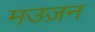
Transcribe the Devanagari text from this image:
मउज़न